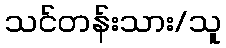
သင်တန်းသား/သူ